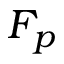
F _ { p }